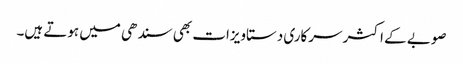
صوبے کے اکثر سرکاری دستاویزات بھی سندھی میں ہوتے ہیں۔